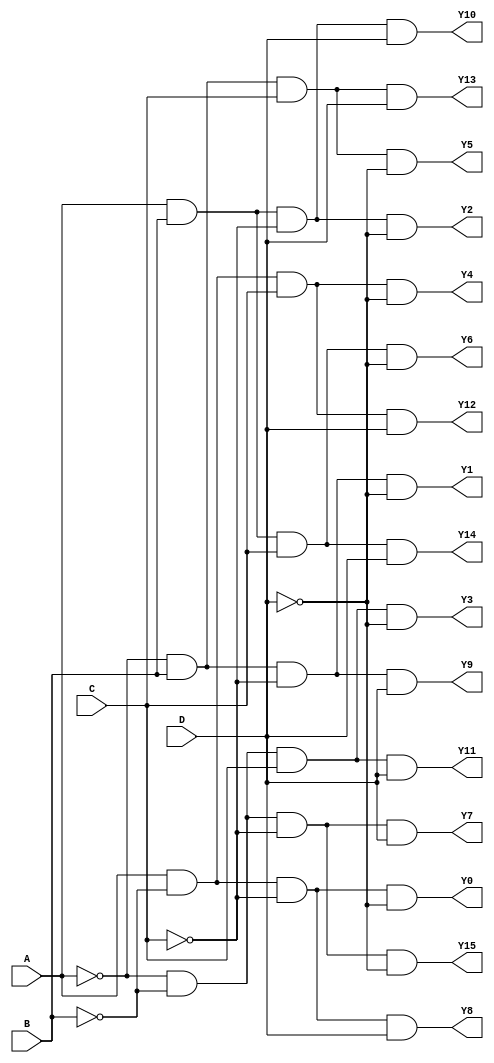
module demultiplexer_4to16 (
    input wire A,
    input wire B,
    input wire C,
    input wire D,
    output reg Y0,
    output reg Y1,
    output reg Y2,
    output reg Y3,
    output reg Y4,
    output reg Y5,
    output reg Y6,
    output reg Y7,
    output reg Y8,
    output reg Y9,
    output reg Y10,
    output reg Y11,
    output reg Y12,
    output reg Y13,
    output reg Y14,
    output reg Y15
);

always @(*) begin
    Y0 = A & ~B & ~C & ~D;
    Y1 = ~A & B & ~C & ~D;
    Y2 = A & B & ~C & ~D;
    Y3 = ~A & ~B & C & ~D;
    Y4 = A & ~B & C & ~D;
    Y5 = ~A & B & C & ~D;
    Y6 = A & B & C & ~D;
    Y7 = ~A & ~B & ~C & D;
    Y8 = A & ~B & ~C & D;
    Y9 = ~A & B & ~C & D;
    Y10 = A & B & ~C & D;
    Y11 = ~A & ~B & C & D;
    Y12 = A & ~B & C & D;
    Y13 = ~A & B & C & D;
    Y14 = A & B & C & D;
    Y15 = ~A & ~B & ~C & ~D;
end

endmodule